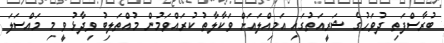
ބުރާސްފަތި ދުވަހުގެ ޝަރީއަތުގައި އަމިއްލައަށް ވަކާލާތު ކުރައްވަމުން މުއްތަލިބު ވިދާޅުވީ މި މައްސަލަ